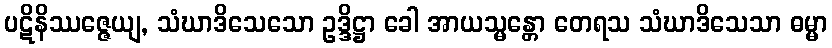
ပဋိနိဿဇ္ဇေယျ, သံဃာဒိသေသော ဥဒ္ဒိဋ္ဌာ ခေါ အာယသ္မန္တော တေရသ သံဃာဒိသေသာ ဓမ္မာ